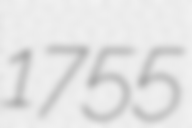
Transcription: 1755